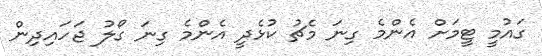
ގައުމީ ޓީމަށް އެންމެ ގިނަ މެޗު ކުޅެދީ އެންމެ ގިނަ ގޯލު ޖަހައިދިން